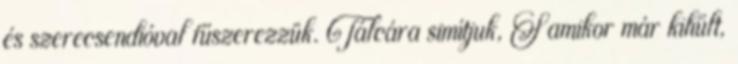
és szerecsendióval fűszerezzük. Tálcára simítjuk, S amikor már kihűlt,